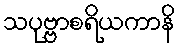
သပုဗ္ဗာစရိယကာနိ